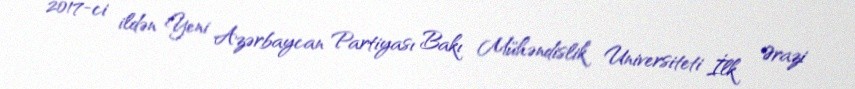
2017-ci ildən Yeni Azərbaycan Partiyası Bakı Mühəndislik Universiteti İlk Ərazi